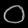
Digit: ၀